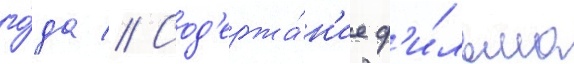
го́да // Сод'ержа́н'ие ф'и́льма